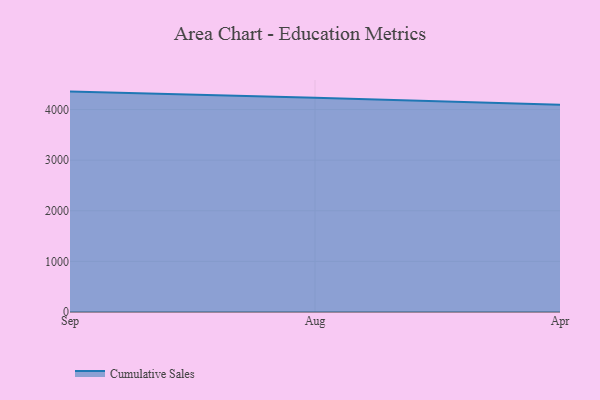
{"axis": {"x": "Month", "y": "Website Visitors"}, "legend": ["Cumulative Sales"], "data": [{"x": "Sep", "y": 4355.0, "type": "Cumulative Sales"}, {"x": "Aug", "y": 4232.4, "type": "Cumulative Sales"}, {"x": "Apr", "y": 4093.7, "type": "Cumulative Sales"}]}